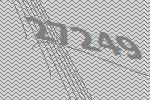
27249